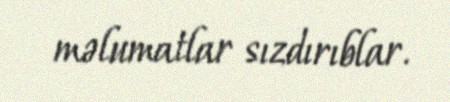
məlumatlar sızdırıblar.